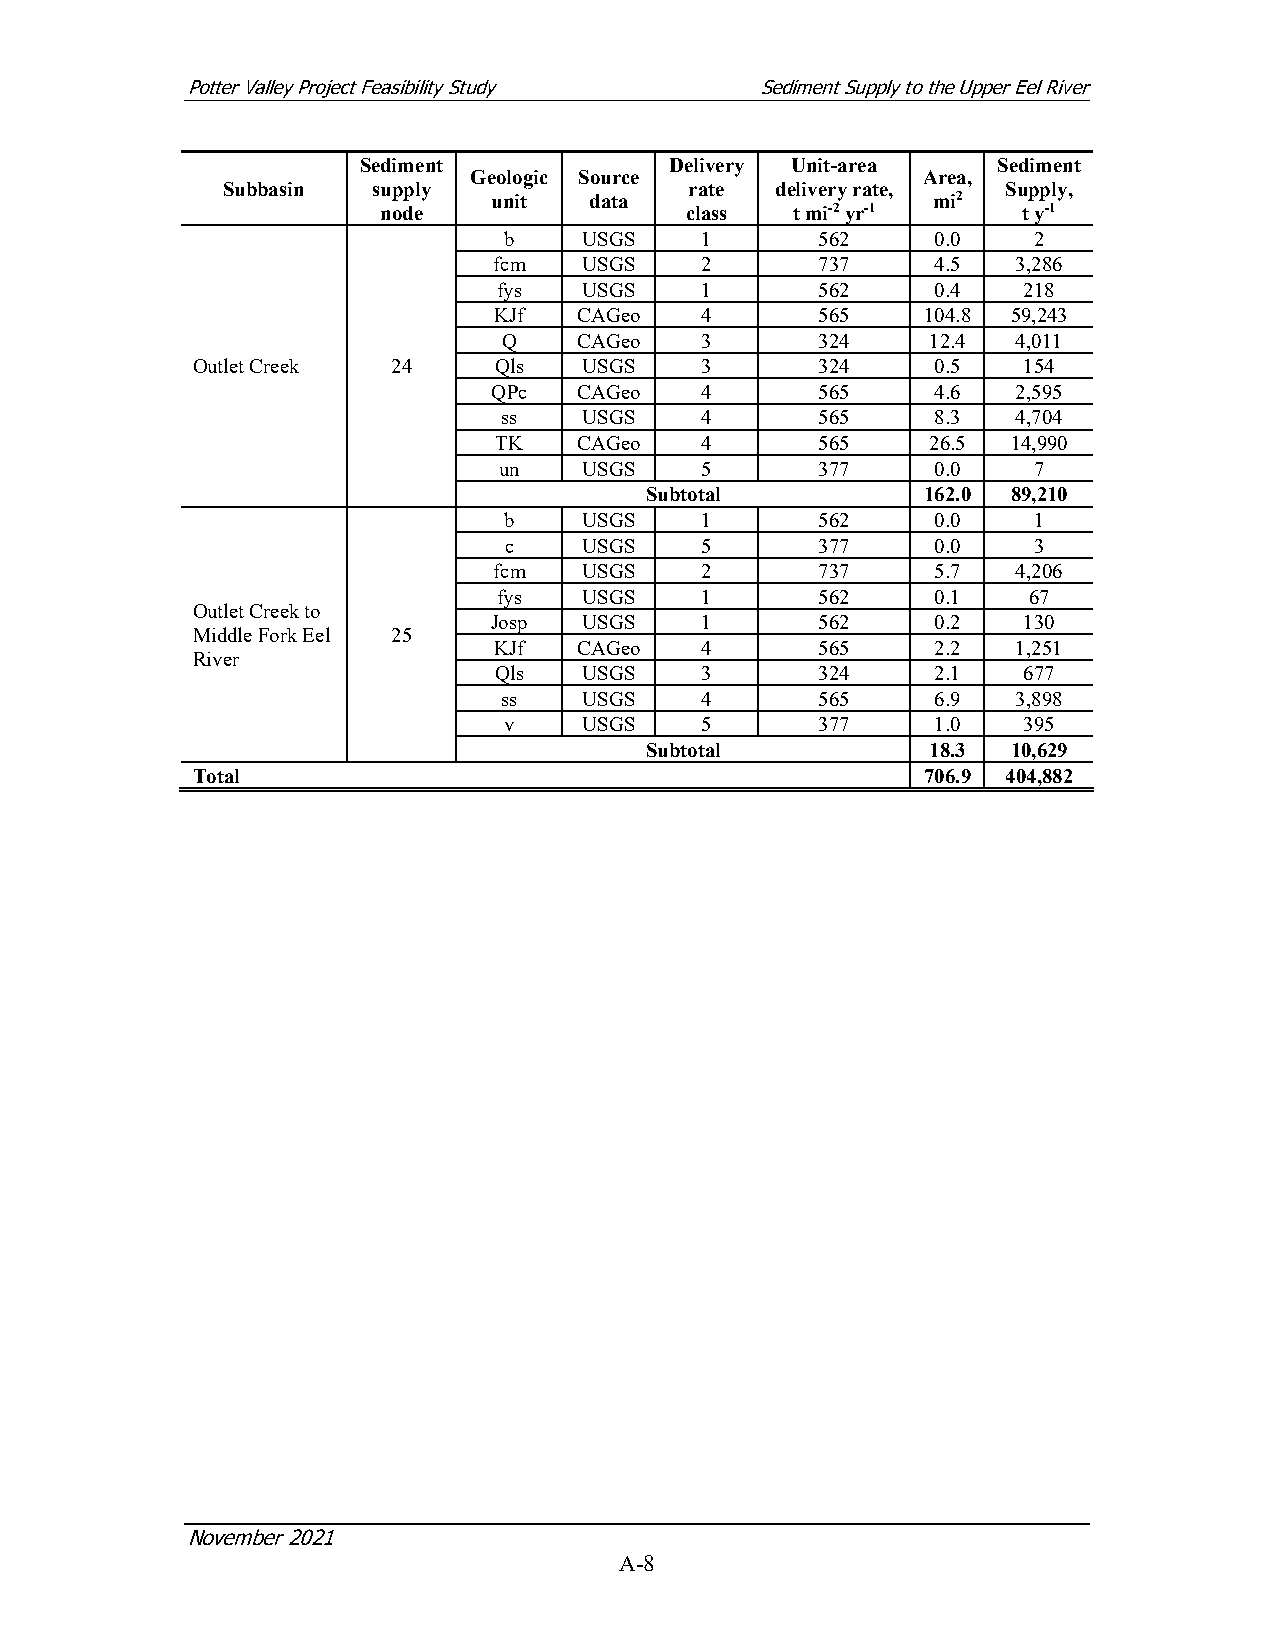
Potter Valley Project Feasibility Study Sediment Supply to the Upper Eel River
 Sediment            Delivery Unit-area    Sediment
 Geologic Source               Area,
 Subbasin  supply               rate delivery rate,  Supply,
 unit  data                   mi2
 node                class  t mi-2 yr-1     t y-1
 b     USGS   1       562     0.0   2
 fcm   USGS   2       737     4.5  3,286
 fys   USGS   1       562     0.4   218
 KJf  CAGeo   4       565    104.8 59,243
 Q    CAGeo   3       324     12.4 4,011
 Outlet Creek 24     Qls   USGS   3       324     0.5   154
 QPc  CAGeo   4       565     4.6  2,595
 ss    USGS   4       565     8.3  4,704
 TK   CAGeo   4       565     26.5 14,990
 un    USGS   5       377     0.0   7
 Subtotal          162.0 89,210
 b     USGS   1       562     0.0   1
 c     USGS   5       377     0.0   3
 fcm   USGS   2       737     5.7  4,206
 fys   USGS   1       562     0.1   67
 Outlet Creek to
 Josp  USGS   1       562     0.2   130
 Middle Fork Eel 25
 KJf  CAGeo   4       565     2.2  1,251
 River
 Qls   USGS   3       324     2.1   677
 ss    USGS   4       565     6.9  3,898
 v     USGS   5       377     1.0   395
 Subtotal           18.3 10,629
 Total                                           706.9 404,882
 November 2021
 A-8